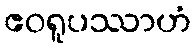
ဧဝရူပဿာဟံ